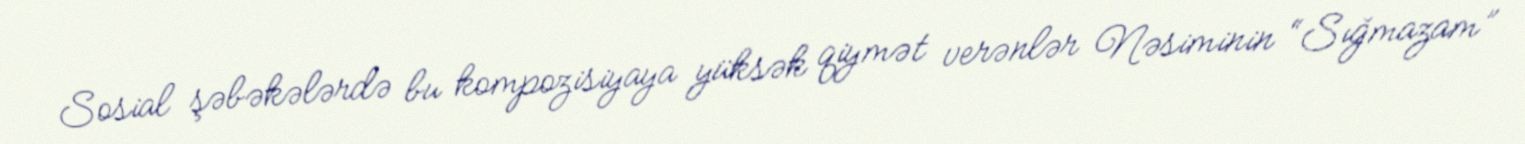
Sosial şəbəkələrdə bu kompozisiyaya yüksək qiymət verənlər Nəsiminin “Sığmazam”